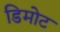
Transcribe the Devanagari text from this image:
डिमोट